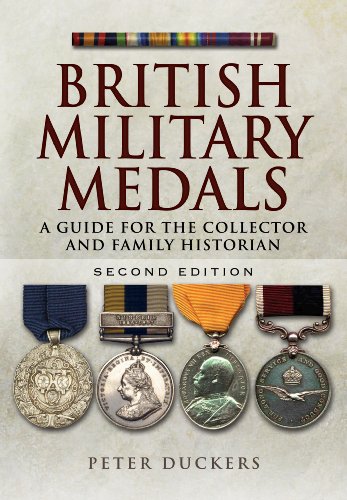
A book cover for British Military Medals - Second Edition: A Guide for the Collector and Family Historian; Peter Duckers; History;